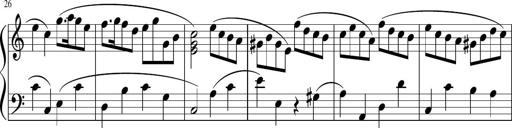
Title: 12 Keyboard Sonatinas
Composer: James Hook